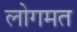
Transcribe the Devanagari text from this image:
लोगमत